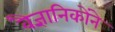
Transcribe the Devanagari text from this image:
वैज्ञानिकोंने